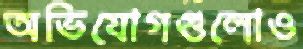
অভিযোগগুলোও